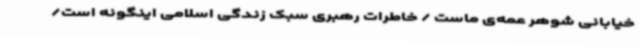
خیابانی شوهر عمه‌ی ماست / خاطرات رهبری سبک زندگی اسلامی اینگونه است/